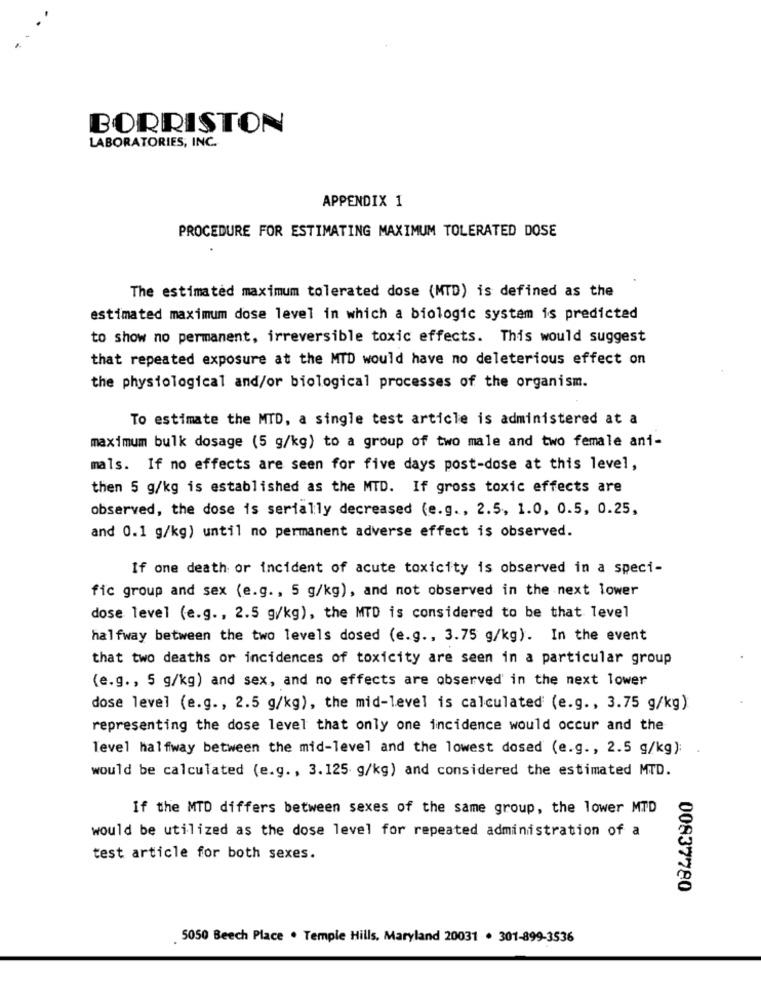
BORRISTON
LABORATORIES, INC.
APPENDIX 1
PROCEDURE FOR ESTIMATING MAXIMUM TOLERATED DOSE
The estimated maximum tolerated dose (MTD) is defined as the
estimated maximum dose level in which a biologic system is predicted
to show no permanent, irreversible toxic effects. This would suggest
that repeated exposure at the MTD would have no deleterious effect on
the physiological and/or biological processes of the organism.
To estimate the MTD, a single test article is administered at a
maximum bulk dosage (5 g/kg) to a group of two male and two female ani-
mals. If no effects are seen for five days post-dose at this level,
then 5 g/kg is established as the MTD. If gross toxic effects are
observed, the dose is serially decreased (e.g ., 2.5, 1.0, 0.5, 0.25,
and 0.1 g/kg) until no permanent adverse effect is observed.
If one death or incident of acute toxicity is observed in a speci-
fic group and sex (e.g. , 5 g/kg), and not observed in the next lower
dose level (e.g ., 2.5 g/kg), the MTD is considered to be that level
halfway between the two levels dosed (e.g ., 3.75 g/kg). In the event
that two deaths or incidences of toxicity are seen in a particular group
(e.g ., 5 g/kg) and sex, and no effects are observed in the next lower
dose level (e.g ., 2.5 g/kg), the mid-level is calculated (e.g ., 3.75 g/kg)
representing the dose level that only one incidence would occur and the
level halfway between the mid-level and the lowest dosed (e.g ., 2.5 g/kg):
would be calculated (e.g ., 3.125 g/kg) and considered the estimated MTD.
If the MTD differs between sexes of the same group, the lower MTD
would be utilized as the dose level for repeated administration of a
test article for both sexes.
00837780
5050 Beech Place . Temple Hills, Maryland 20031 . 301-899-3536